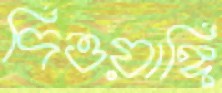
দিওয়াঙ্গি